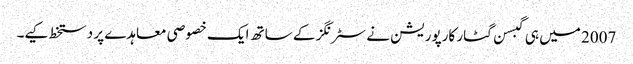
2007 میں ہی گبسن گٹار کارپوریشن نے سٹرنگز کے ساتھ ایک خصوصی معاہدے پر دستخط کیے۔